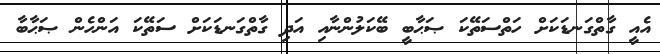
އެއީ ގާތްގަނޑަކަށް ހަތްސަތޭކަ ޞަޙާބީ ބޭކަލުންނާއި އަދި ގާތްގަނޑަކަށް ސަތޭކަ އަންހެން ޞަޙާބާ